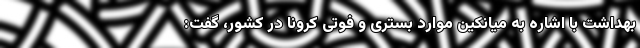
بهداشت با اشاره به میانکین موارد بستری و فوتی کرونا در کشور، گفت: